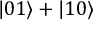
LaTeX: | 0 1 \rangle + | 1 0 \rangle